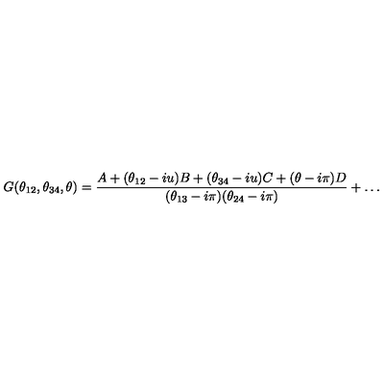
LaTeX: G ( \theta _ { 1 2 } , \theta _ { 3 4 } , \theta ) = \frac { A + ( \theta _ { 1 2 } - i u ) B + ( \theta _ { 3 4 } - i u ) C + ( \theta - i \pi ) D } { ( \theta _ { 1 3 } - i \pi ) ( \theta _ { 2 4 } - i \pi ) } + \dots